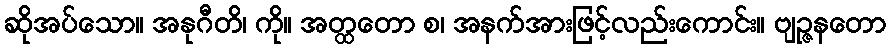
ဆိုအပ်သော။ အနုဂီတိ၊ ကို။ အတ္ထတော စ၊ အနက်အားဖြင့်လည်းကောင်း။ ဗျဉ္ဇနတော